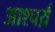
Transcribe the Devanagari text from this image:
आश्चर्य़